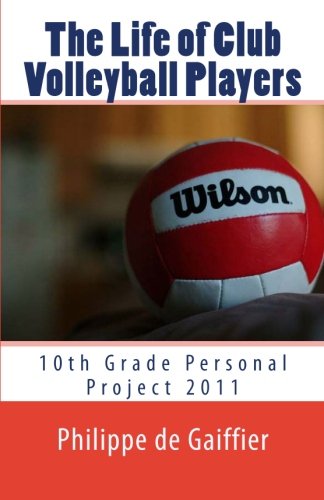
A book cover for The Life of Club Volleyball Players; Philippe de Gaiffier; Sports & Outdoors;